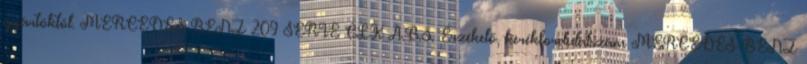
gyártóktól. MERCEDES-BENZ 209 SERIE CLK A.B.S. Érzékelő, kerékfordulatszám MERCEDES-BENZ